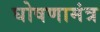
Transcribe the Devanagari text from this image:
घोषणामंत्र